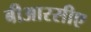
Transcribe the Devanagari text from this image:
बीआरसीए